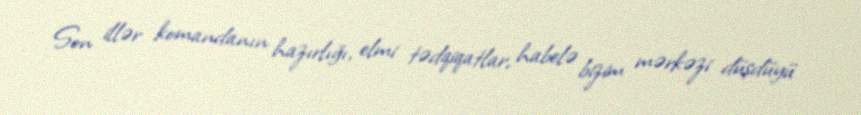
Son illər komandanın hazırlığı, elmi tədqiqatlar, habelə bizim mərkəzi düşdüyü